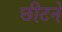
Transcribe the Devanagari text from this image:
छीटने